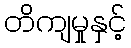
တိကျမှုနှင့်